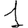
Digit: 1